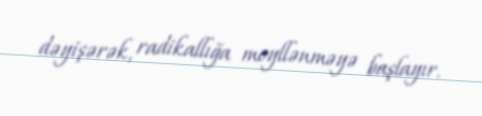
dəyişərək, radikallığa meyllənməyə başlayır.